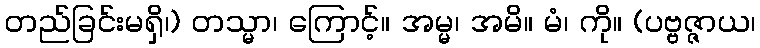
တည်ခြင်းမရှိ၊) တသ္မာ၊ ကြောင့်။ အမ္မ၊ အမိ။ မံ၊ ကို။ (ပဗ္ဗဇ္ဇာယ၊